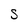
Character: S